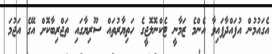
އެގައުމުން އުފައްދާފައިވާ އެންމެ ޒަމާނީ ޓެކްނޮލޮޖީގެ ހަތިޔާރުތައް ސޫރިޔާގައި ތަޖްރިބާކޮށް އޭގެ އަޖުމަ